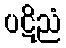
ပဋိညံ